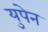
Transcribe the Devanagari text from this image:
युपेन